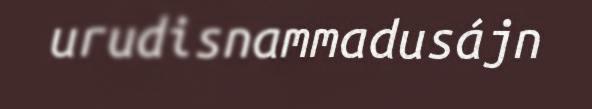
urudisnammadusájn